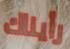
رأيناك